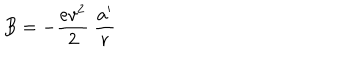
LaTeX: B = - \frac { e v ^ { 2 } } { 2 } \ \frac { a ^ { \prime } } r